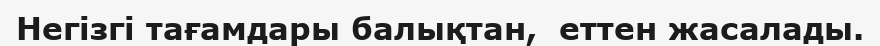
Негізгі тағамдары балықтан,  еттен жасалады.